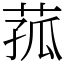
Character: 菰